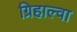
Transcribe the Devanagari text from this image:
ग्रिहाल्वा